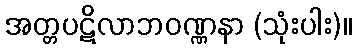
အတ္တပဋိလာဘဝဏ္ဏနာ (သုံးပါး)။